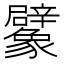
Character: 𧲜